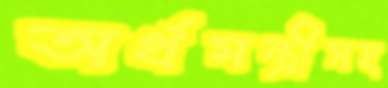
অর্থমন্ত্রীসহ